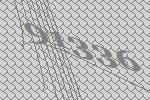
91336